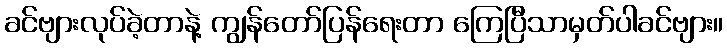
ခင်ဗျားလုပ်ခဲ့တာနဲ့ ကျွန်တော်ပြန်ရေးတာ ကြေပြီသာမှတ်ပါခင်ဗျား။